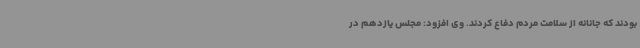
بودند که جانانه از سلامت مردم دفاع کردند. وی افزود: مجلس یازدهم در